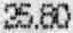
25.80